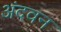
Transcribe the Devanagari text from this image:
अंदवन